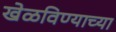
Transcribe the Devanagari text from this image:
खेळविण्याच्या